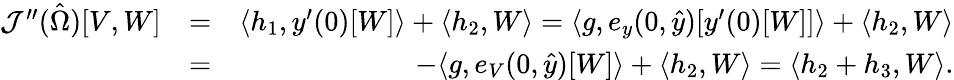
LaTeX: \begin{array}{rlr}{\mathcal{J}^{\prime\prime}(\hat{\Omega})[V,W]}&{=}&{\langle h_{1},y^{\prime}(0)[W]\rangle+\langle h_{2},W\rangle=\langle g,e_{y}(0,\hat{y})[y^{\prime}(0)[W]]\rangle+\langle h_{2},W\rangle}\\ &{=}&{-\langle g,e_{V}(0,\hat{y})[W]\rangle+\langle h_{2},W\rangle=\langle h_{2}+h_{3},W\rangle.}\end{array}